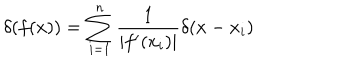
\delta ( f ( x ) ) = \sum _ { i = 1 } ^ { n } \frac { 1 } { | f ^ { \prime } ( x _ { i } ) | } \delta ( x - x _ { i } )